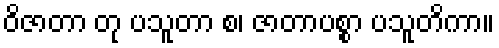
ဝိဇာတာ တု ပသူတာ စ၊ ဇာတာပစ္စာ ပသူတိကာ။